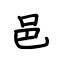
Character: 邑